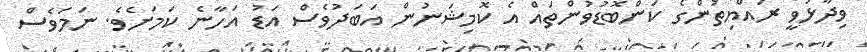
ވިދާޅުވީ ރައްޔިތުންގެ ކަންބޮޑުވުންތައް އެ ކޮމިޝަނުން އަބަދުވެސް އަޑު އަހާނެ ކަމަށެވެ. ނަމަވެސް